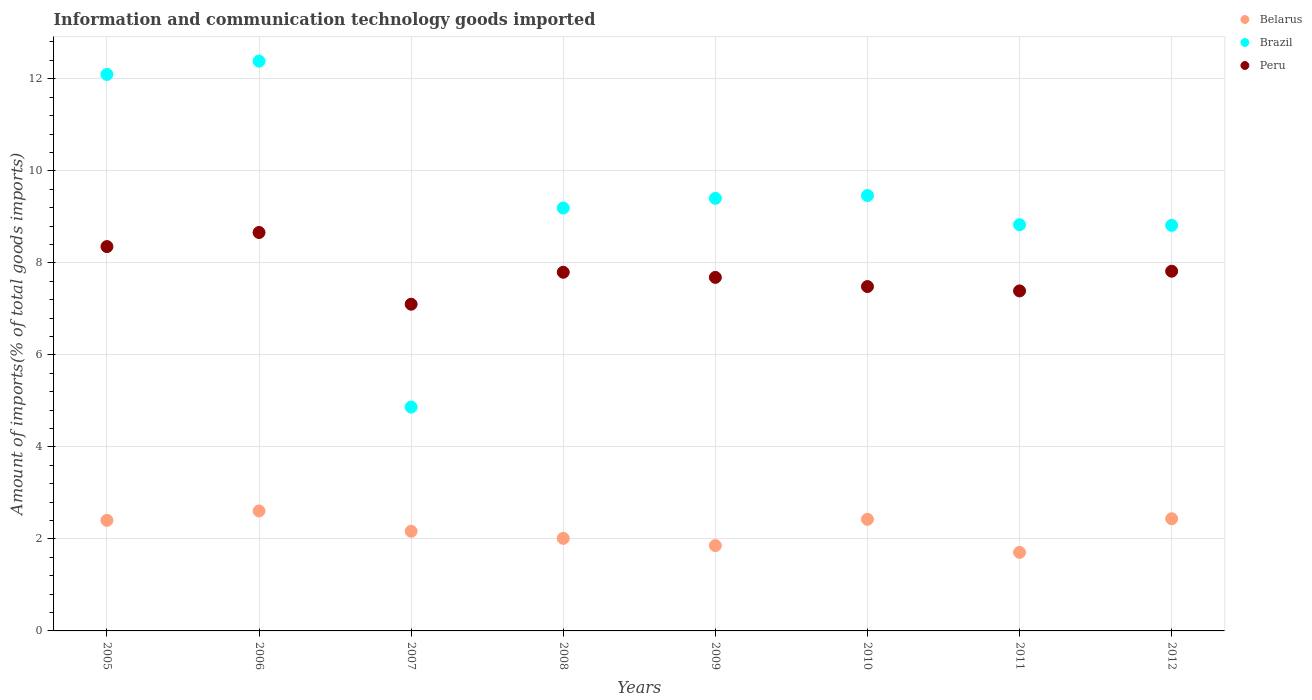
| Years | Belarus | Brazil | Peru |
 | --- | --- | --- | --- |
 | 2005 | 2.4 | 12.1 | 8.35 |
 | 2006 | 2.61 | 12.4 | 8.66 |
 | 2007 | 2.17 | 4.87 | 7.1 |
 | 2008 | 2.01 | 9.19 | 7.8 |
 | 2009 | 1.85 | 9.4 | 7.68 |
 | 2010 | 2.43 | 9.46 | 7.48 |
 | 2011 | 1.71 | 8.83 | 7.39 |
 | 2012 | 2.44 | 8.82 | 7.82 |